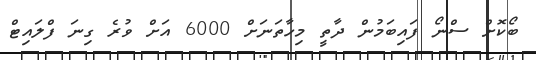
ބޯކޮށް ސްނޯ ފައިބަމުން ދާތީ މިހާތަނަށް 6000 އަށް ވުރެ ގިނަ ފްލައިޓް